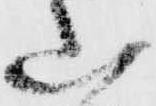
山